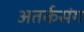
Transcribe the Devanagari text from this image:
अतर्कसंग